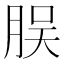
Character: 脵